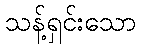
သန့်ရှင်းသော